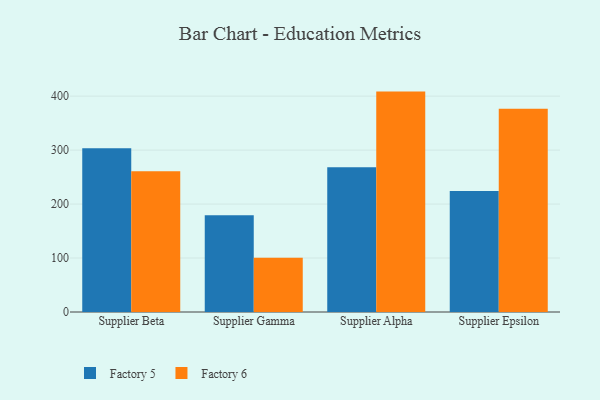
{"axis": {"x": "Supplier", "y": "Latency (ms)"}, "legend": ["Factory 5", "Factory 6"], "data": [{"x": "Supplier Beta", "y": 303.4, "type": "Factory 5"}, {"x": "Supplier Beta", "y": 260.6, "type": "Factory 6"}, {"x": "Supplier Gamma", "y": 179.1, "type": "Factory 5"}, {"x": "Supplier Gamma", "y": 100.6, "type": "Factory 6"}, {"x": "Supplier Alpha", "y": 268.3, "type": "Factory 5"}, {"x": "Supplier Alpha", "y": 408.4, "type": "Factory 6"}, {"x": "Supplier Epsilon", "y": 224.1, "type": "Factory 5"}, {"x": "Supplier Epsilon", "y": 376.5, "type": "Factory 6"}]}